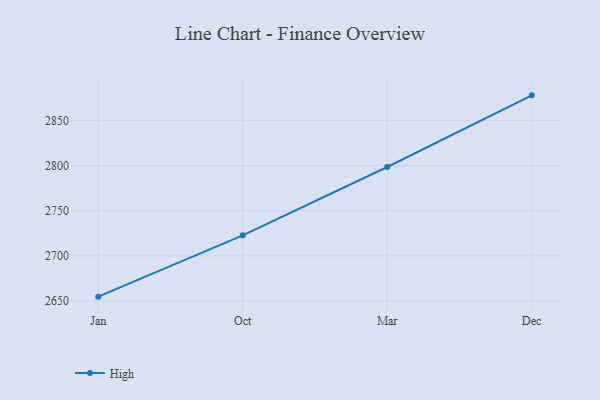
{"axis": {"x": "Month", "y": "Population (Million)"}, "legend": ["High"], "data": [{"x": "Jan", "y": 2654.9, "type": "High"}, {"x": "Oct", "y": 2722.8, "type": "High"}, {"x": "Mar", "y": 2798.4, "type": "High"}, {"x": "Dec", "y": 2877.7, "type": "High"}]}